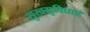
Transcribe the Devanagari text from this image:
सुखसुविधाएँ